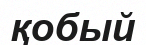
қобый